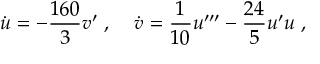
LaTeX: \dot { u } = - { \frac { 1 6 0 } { 3 } } v ^ { \prime } \; , \; \; \; \; \dot { v } = { \frac { 1 } { 1 0 } } u ^ { \prime \prime \prime } - { \frac { 2 4 } { 5 } } u ^ { \prime } u \; ,